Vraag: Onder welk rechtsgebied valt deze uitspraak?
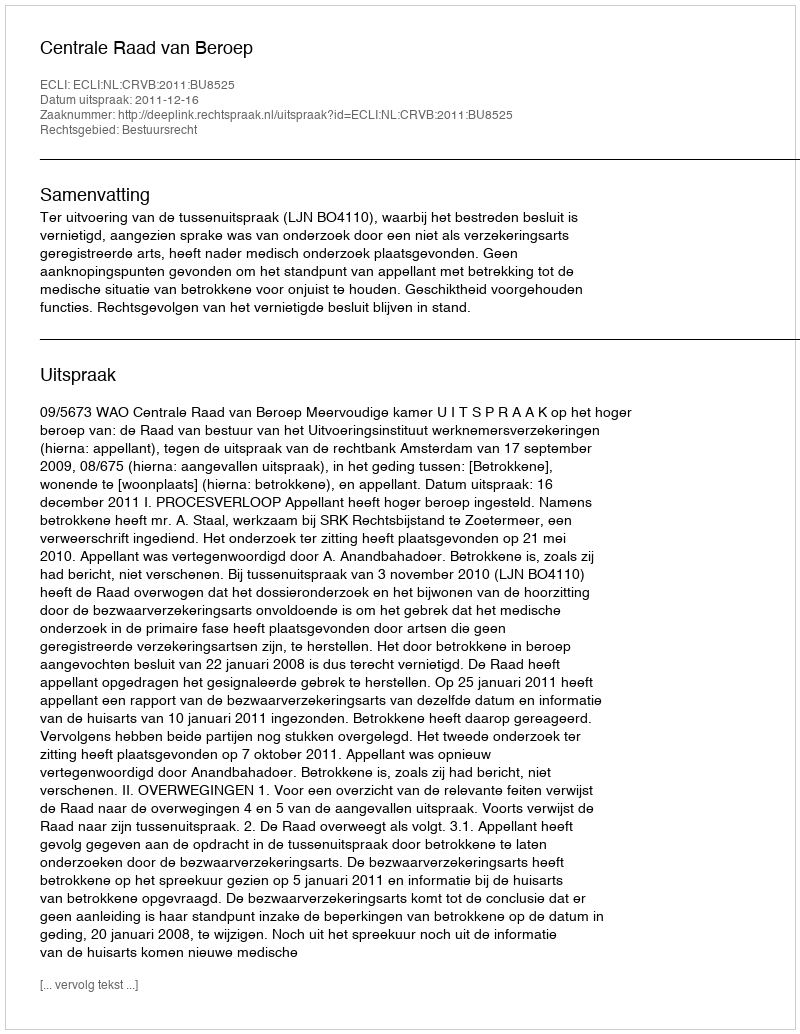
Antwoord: Bestuursrecht